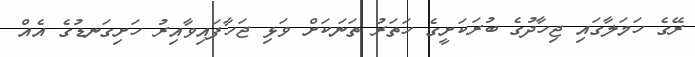
ރޭގެ ހަމަލާގައި ޖިހާދުގެ ބުރަކަށީގެ ހަތަރު ތަނަކަށް ވަޅި ޖަހާފައިވާއިރު ހަށިގަނޑުގެ އެއް